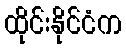
ထိုင်းနိုင်ငံက